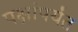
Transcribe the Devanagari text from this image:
पक्षांपर्यंत